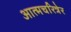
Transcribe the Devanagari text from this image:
आत्मचरित्रेर